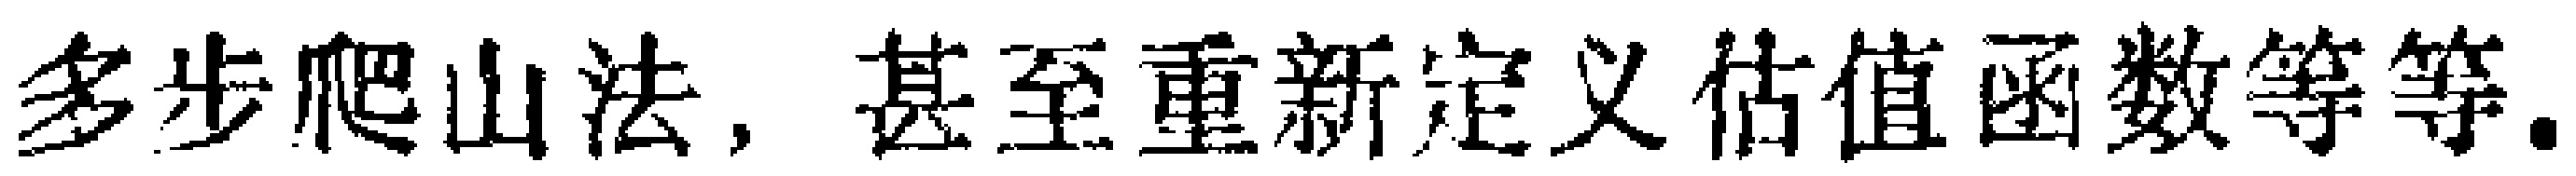
多步爬山法, 甚至重新定义估值函数等等.